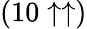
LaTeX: (10\uparrow\uparrow)